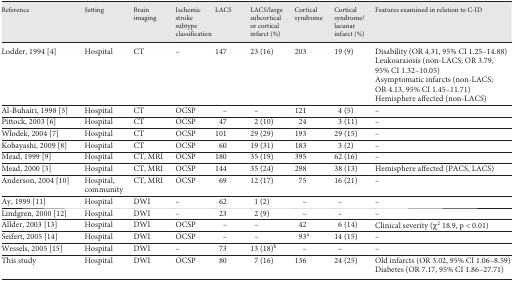
| Reference | Setting | Brain imaging | Ischemic stroke subtype classification | LACS | LACS/large subcortical or cortical infarct (%) | Cortical syndrome | Cortical syndrome/lacunar infarct (%) | Features examined in relation to C-ID |
 | --- | --- | --- | --- | --- | --- | --- | --- | --- |
 | Lodder, 1994 [4] | Hospital | CT | − | 147 | 23 (16) | 203 | 19 (9) | Disability (OR 4.31, 95% CI 1.25–14.88) Leukoaraiosis (non-LACS; OR 3.79, 95% CI 1.32–10.05) |
 |  |  |  |  |  |  |  |  | Asymptomatic infarcts (non-LACS; OR 4.13, 95% CI 1.45–11.71) Hemisphere affected (non-LACS) |
 | Al-Buhairi, 1998 [5] | Hospital | CT | OCSP | – | – | 121 | 4 (5) | – |
 | Pittock, 2003 [6] | Hospital | CT | OCSP | 47 | 2 (10) | 24 | 3 (11) | – |
 | Wlodek, 2004 [7] | Hospital | CT | OCSP | 101 | 29 (29) | 193 | 29 (15) | – |
 | Kobayashi, 2009 [8] | Hospital | CT | OCSP | 60 | 19 (31) | 183 | 3 (2) | – |
 | Mead, 1999 [9] | Hospital | CT, MRI | OCSP | 180 | 35 (19) | 395 | 62 (16) | – |
 | Mead, 2000 [3] | Hospital | CT, MRI | OCSP | 144 | 35 (24) | 298 | 38 (13) | Hemisphere affected (PACS, LACS) |
 | Anderson, 2004 [10] | Hospital, community | CT, MRI | OCSP | 69 | 12 (17) | 75 | 16 (21) | – |
 | Ay, 1999 [11] | Hospital | DWI | – | 62 | 1 (2) | – | – | – |
 | Lindgren, 2000 [12] | Hospital | DWI | – | 23 | 2 (9) | – | – | – |
 | Allder, 2003 [13] | Hospital | DWI | OCSP | – | – | 42 | 6 (14) | Clinical severity (χ2 18.9, p < 0.01) |
 | Seifert, 2005 [14] | Hospital | DWI | OCSP | – | – | 93a | 14 (15) | – |
 | Wessels, 2005 [15] | Hospital | DWI | – | 73 | 13 (18)b | – | – | – |
 | This study | Hospital | DWI | OCSP | 80 | 7 (16) | 136 | 24 (25) | Old infarcts (OR 3.02, 95% CI 1.06–8.59) Diabetes (OR 7.17, 95% CI 1.86–27.71) |